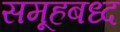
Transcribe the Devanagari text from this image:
समूहबध्द